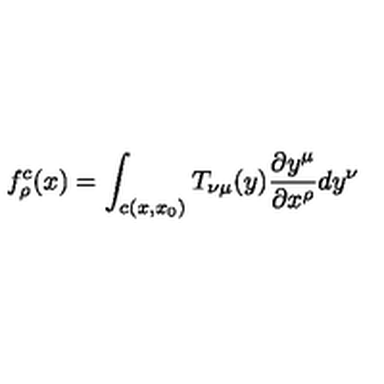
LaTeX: f _ { \rho } ^ { c } ( x ) = \int _ { c ( x , x _ { 0 } ) } T _ { \nu \mu } ( y ) \frac { \partial y ^ { \mu } } { \partial x ^ { \rho } } d y ^ { \nu }